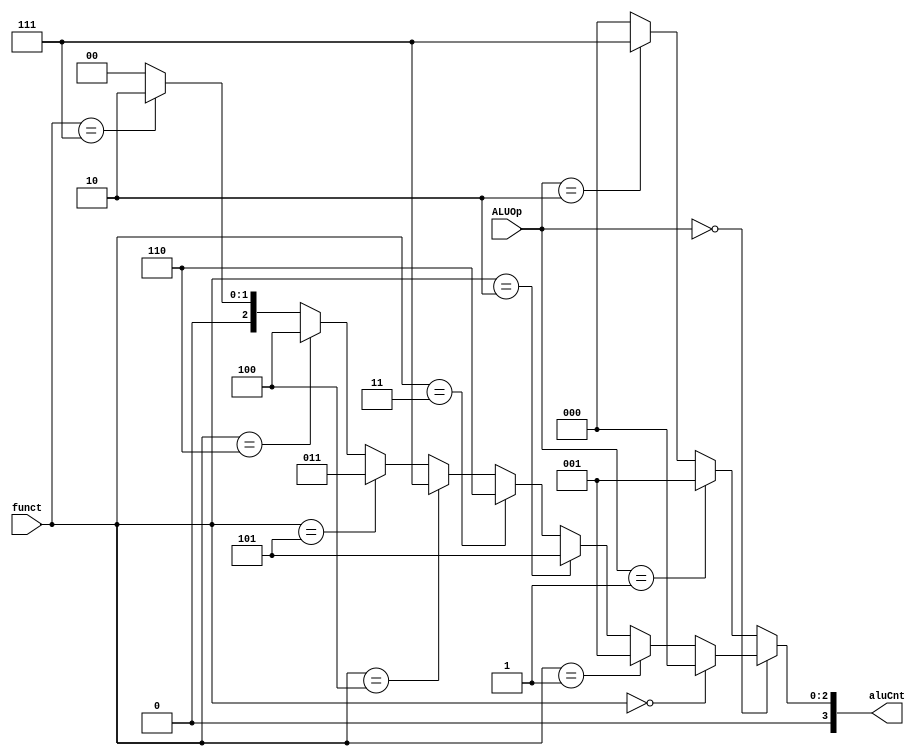
`timescale 1ns / 1ps
//////////////////////////////////////////////////////////////////////////////////
// Company: 
// Engineer: 
// 
// Design Name: 
// Module Name:    aluControl 
// Project Name: 
// Target Devices: 
// Tool versions: 
// Description: 
//
// Dependencies: 
//
// Revision: 
// Revision 0.01 - File Created
// Additional Comments: 
//
//////////////////////////////////////////////////////////////////////////////////
module aluControl(input wire[2:0] ALUOp ,input[5:0] funct ,output[3:0]aluCnt );
	assign aluCnt = ALUOp == 3'b000 ?(
												 funct ==  6'b000000 ? 4'b0000:
												 funct ==  6'b000001 ? 4'b0001:
												 funct ==  6'b000010 ? 4'b0101:
												 funct ==  6'b000011 ? 4'b0110:
												 funct ==  6'b000100 ? 4'b0111:
												 funct ==  6'b000101 ? 4'b0011:
												 funct ==  6'b000110 ? 4'b0100:
												 funct ==  6'b000111 ? 4'b0010:
												 0
												 ) :
								ALUOp == 3'b001 ? 4'b0001:
								ALUOp == 3'b010 ? 4'b0111:
								ALUOp == 3'b011 ? 4'b0000:
								0;
				

endmodule